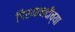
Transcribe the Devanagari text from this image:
गिरणानदीच्या